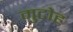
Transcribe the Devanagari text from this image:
मुटोह